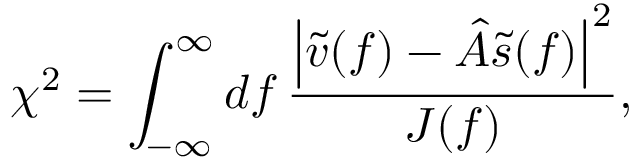
\chi ^ { 2 } = \int _ { - \infty } ^ { \infty } \mathop { d f } \frac { \left| \tilde { v } ( f ) - \hat { A } \tilde { s } ( f ) \right| ^ { 2 } } { J ( f ) } ,